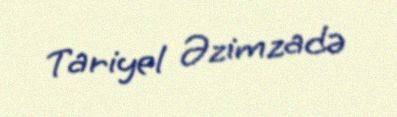
Tariyel Əzimzadə